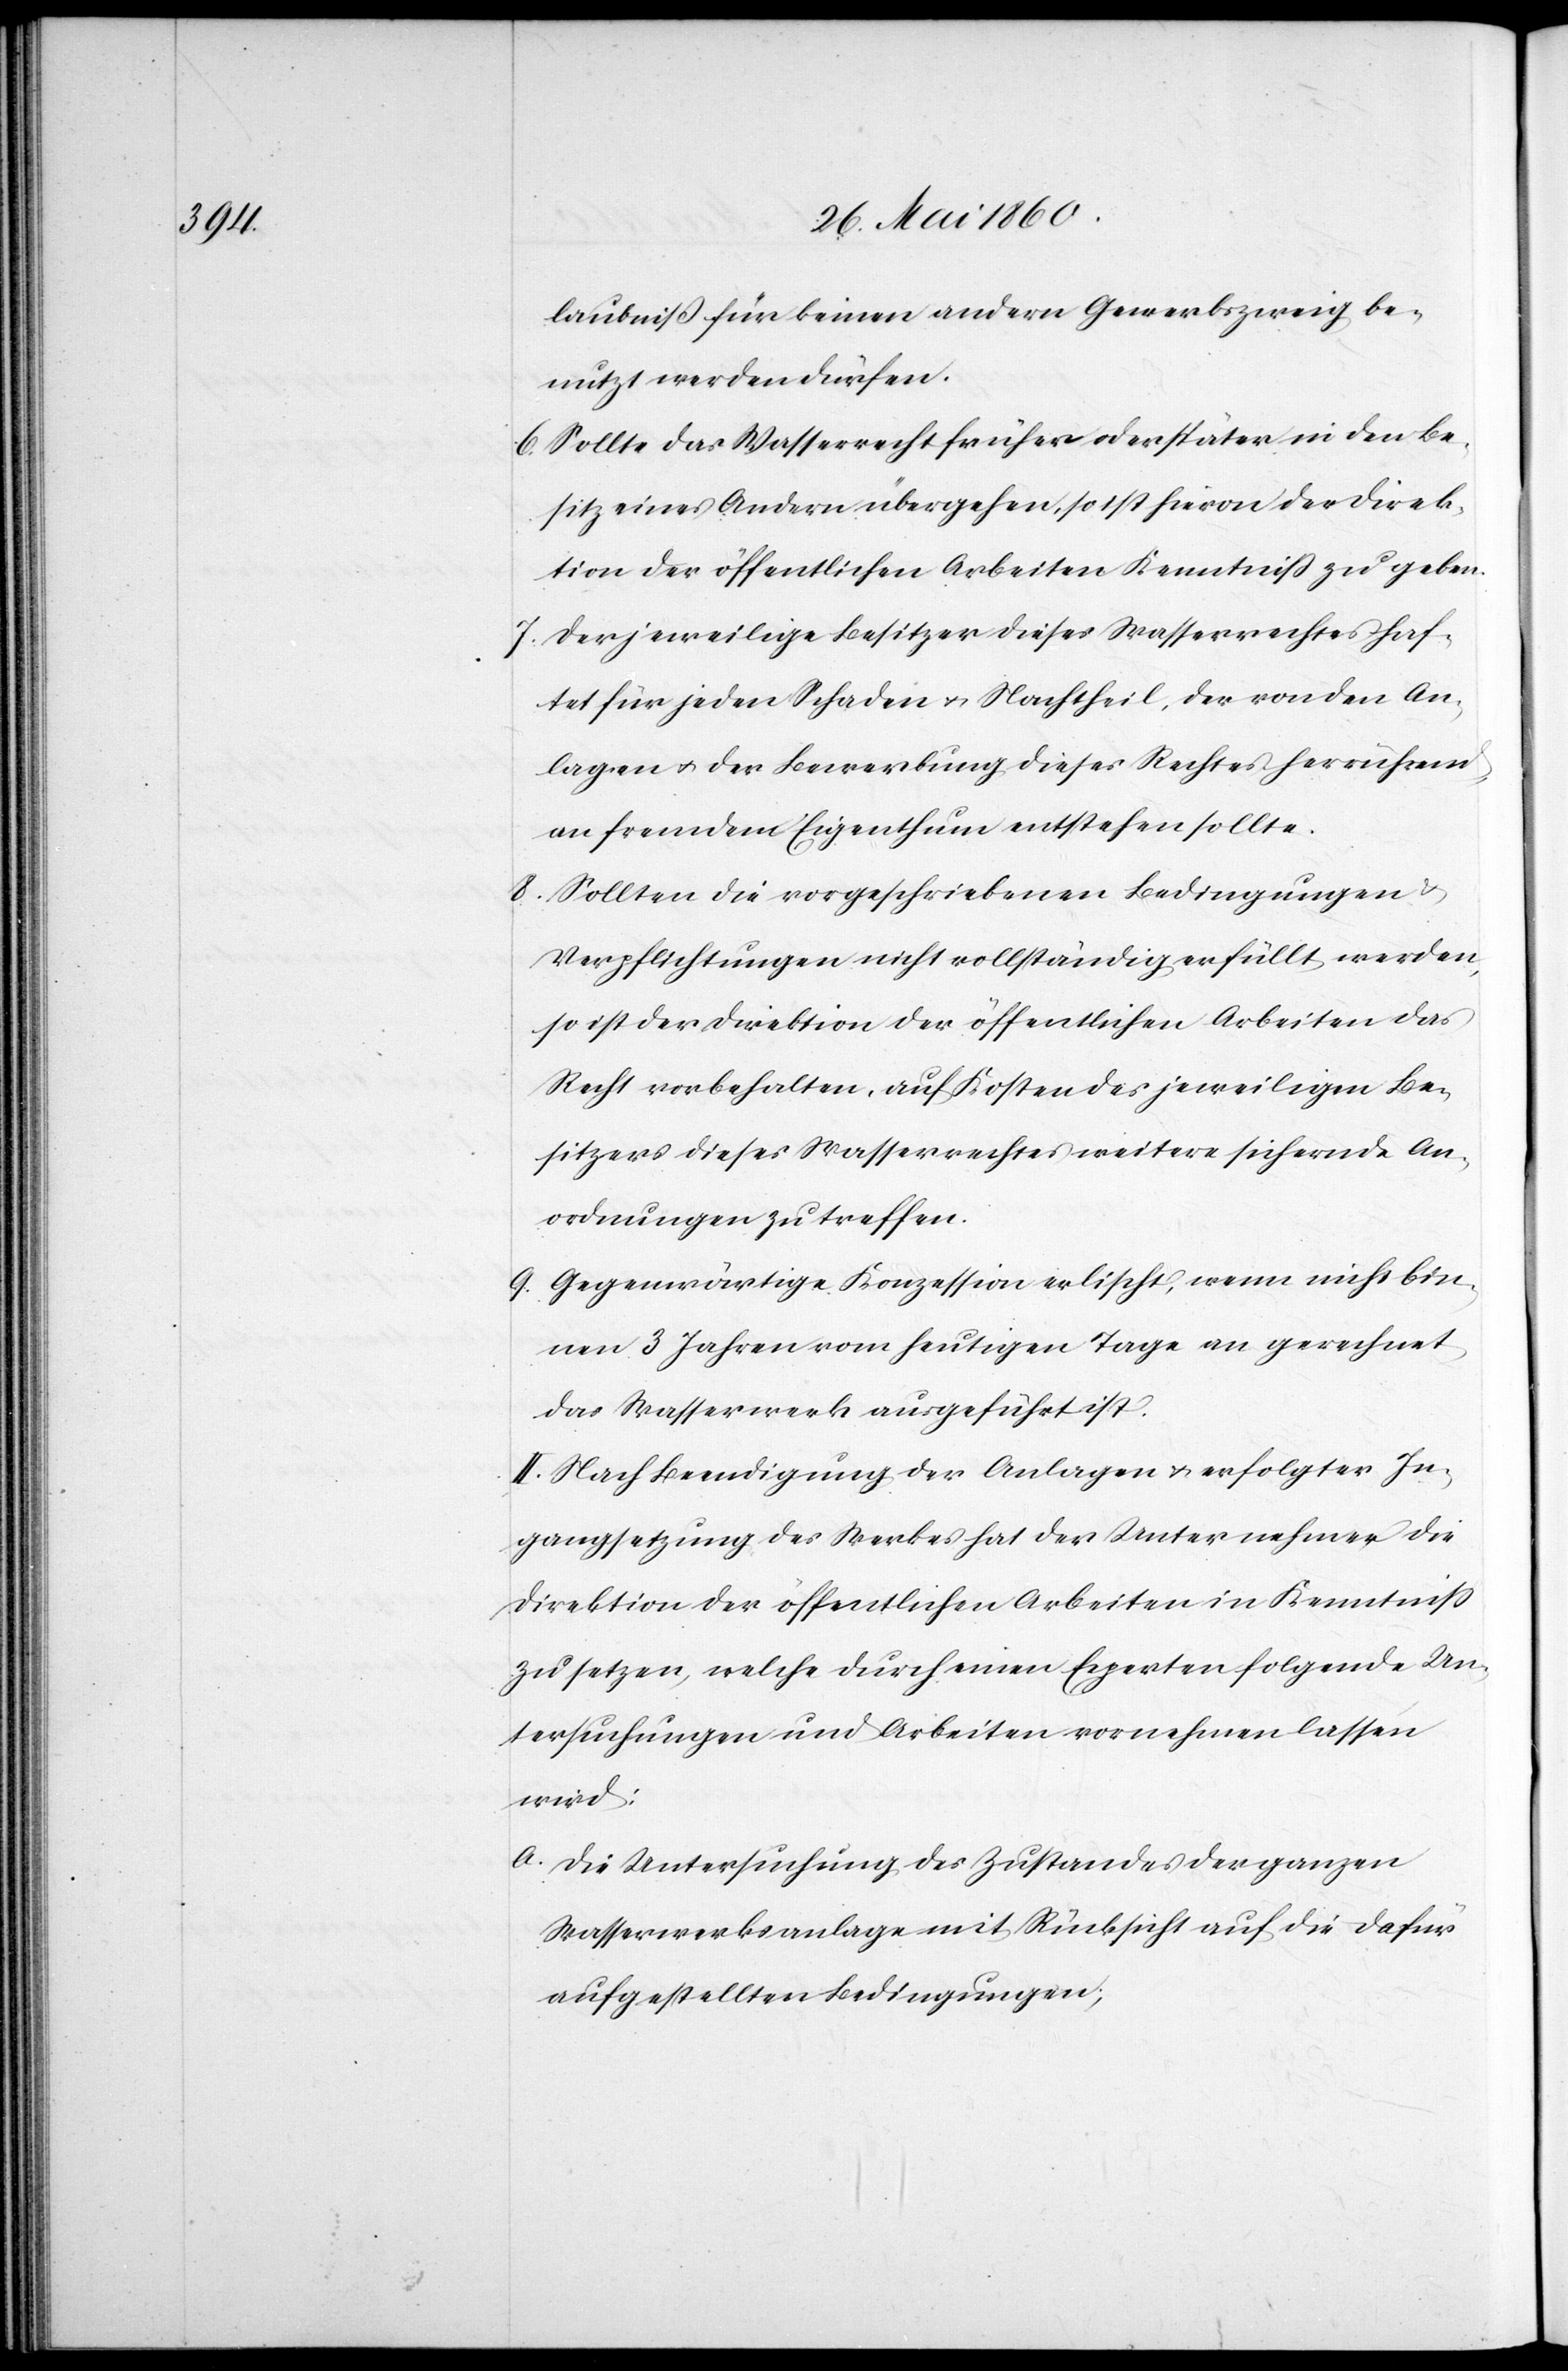
laubniss für keinen andern Gewerbszweig be¬
nutzt werden dürfen.
6. Sollte das Wasserrecht früher oder später in den Be¬
sitz eines Andern übergehen, so ist hievon der Direk¬
tion der öffentlichen Arbeiten Kenntniss zu geben.
7. Der jeweilige Besitzer dieses Wasserrechtes haf¬
tet für jeden Schaden u. Nachtheil, der von den An¬
lagen u. der Bewertung dieses Rechtes herrührend
an fremdem Eigenthum entstehen sollte.
8. Sollten die vorgeschriebenen Bedingungen u.
Verpflichtungen nicht vollständig erfüllt werden,
so ist der Direktion der öffentlichen Arbeiten das
Recht vorbehalten, auf Kosten des jeweiligen Be¬
sitzers dieses Wasserrechtes weitere sichernde An¬
ordnungen zu treffen.
9. Gegenwärtige Konzession erlischt, wenn nicht bin¬
nen 3 Jahren vom heutigen Tage an gerechnet
das Wasserwerk ausgeführt ist.
II. Nach Beendigung der Anlagen u. erfolgter In¬
gangsetzung des Werkes hat der Unternehmer die
Direktion der öffentlichen Arbeiten in Kenntniss
zu setzen, welche durch einen Experten folgende Un¬
tersuchungen und Arbeiten vornehmen lassen
wird:
a. Die Untersuchung des Zustandes der ganzen
Wasserwerksanlage mit Rücksicht auf die dafür
aufgestellten Bedingungen,